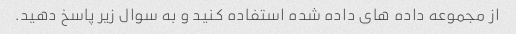
از مجموعه داده های داده شده استفاده کنید و به سوال زیر پاسخ دهید.